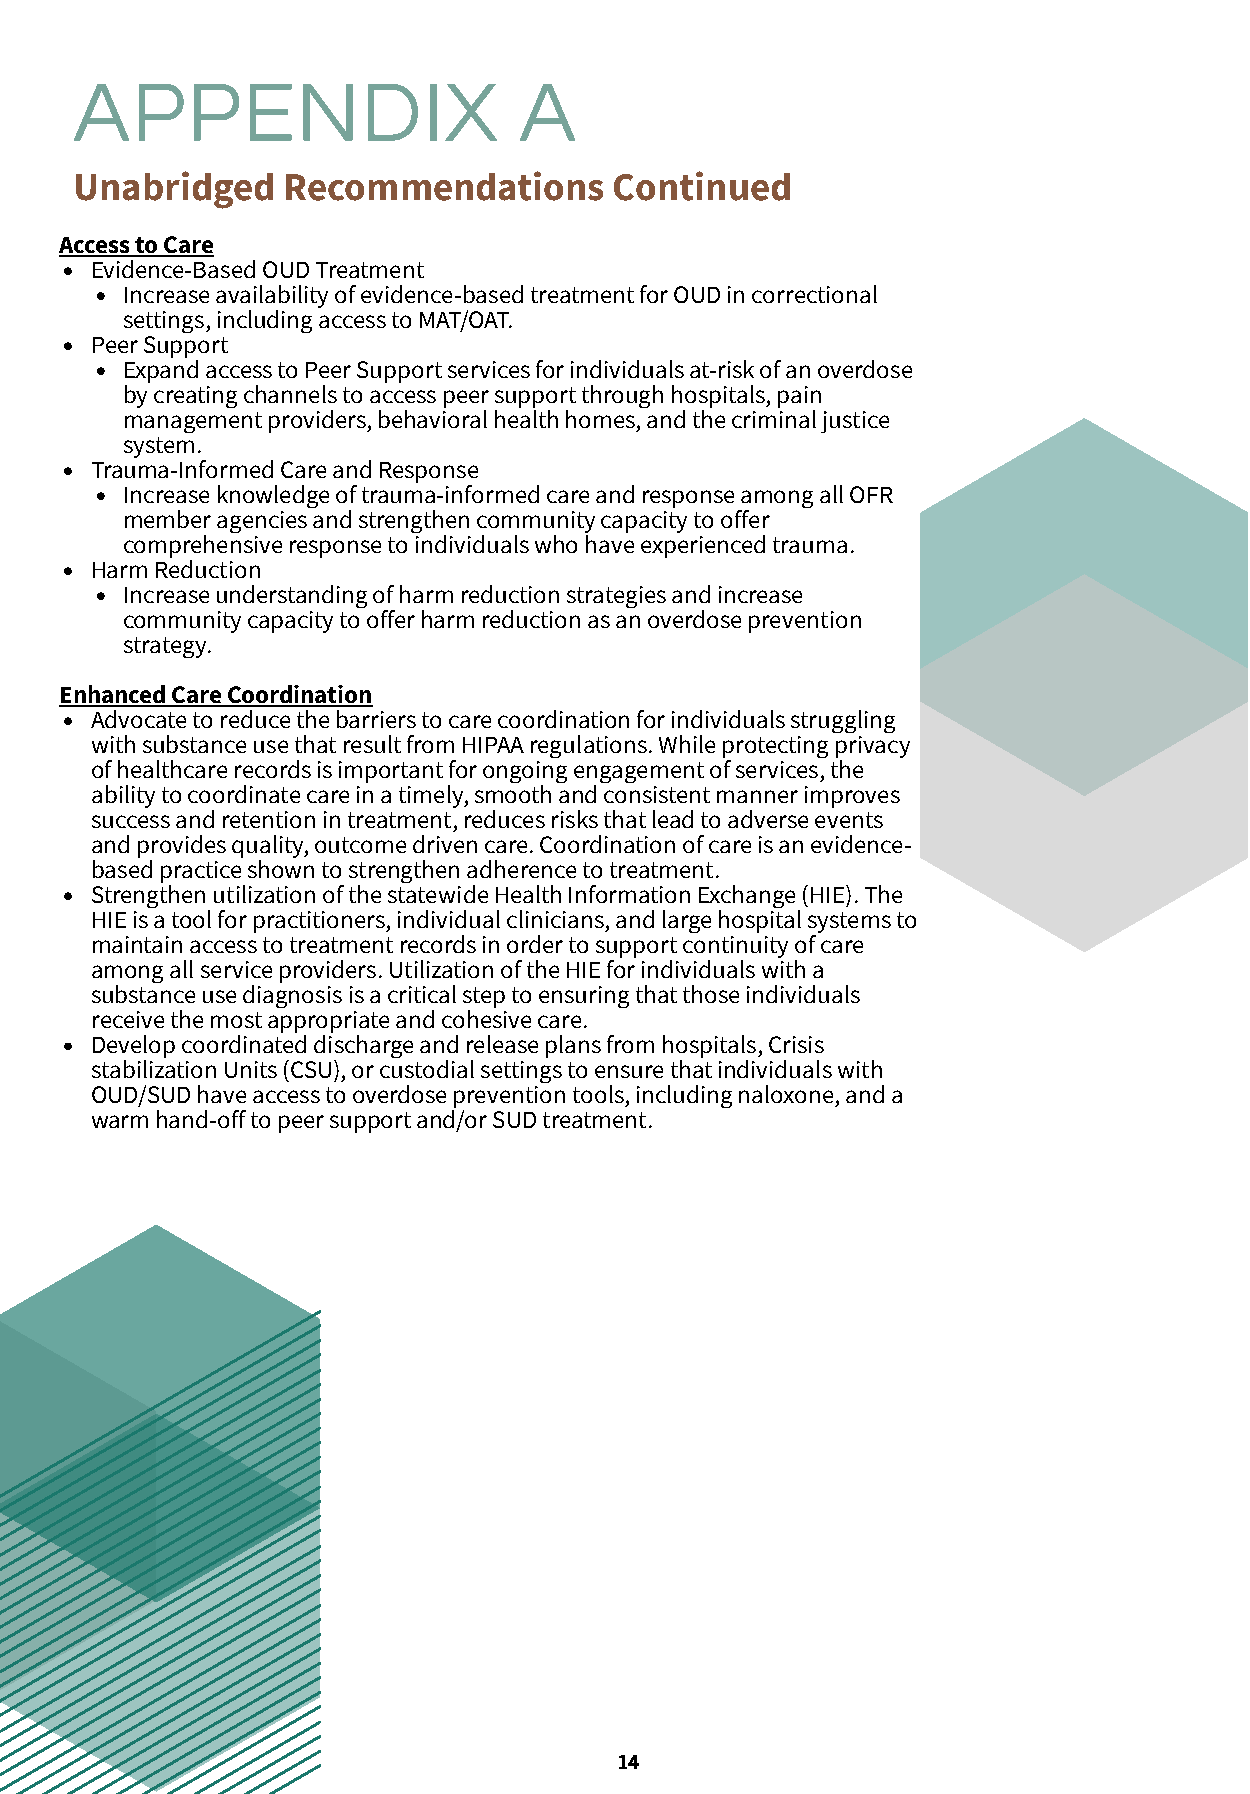
APPENDIX                     A
 Unabridged    Recommendations       Continued
 Access to Care
 Evidence-Based OUD Treatment
 Increase availability of evidence-based treatment for OUD in correctional
 settings, including access to MAT/OAT.
 Peer Support
 Expand access to Peer Support services for individuals at-risk of an overdose
 by creating channels to access peer support through hospitals, pain
 management providers, behavioral health h2om5es, and the criminal ju5stic0e
 system.
 Trauma-Informed Care and Response
 Increase knowledge of trauma-informed cHairgeh alnigdh rte asponse among all OFR
 member agencies and strengthen commucnoitmy cpaapnacyity to offer
 comprehensive response to individuals who have experienced trauma.
 figure here
 Harm Reduction
 Increase understanding of harm reduction strategies and increase
 community capacity to offer harm reduction as an overdose prevention
 strateg2y. 5
 Enhanced Care Coordination
 global                                             global
 Advocate to reduce the barriers to care coordination for individuals struggling
 with suobfsfticaensce a unsde that result from HIPAA regulations. While protecting privacy offices and
 of healthcare records is important for ongoing engagement of services, the
 growing
 growing
 ability to coordinate care in a timely, smooth and consistent manner improves
 success and retention in treatment, reduces risks that lead to adverse events
 and provides quality, outcome driven care. Coordination of care is an evidence-
 based practice show7 n t5 o st% rengthen adherence2 to 5treatment. 75%
 Strengthen utilization of the statewide Health Information Exchange (HIE). The
 HIE is a tool for practitioners, individual clinicians, and large hospital systems to
 Highlight       Highlight a       Highlight
 maintain access to treatment records in order to support continuity of care
 among all service par poveirdceerns.t Uagtielization of thec oHmIE pfoarn inydividuals witah paercentage
 substance use diagnfiogsuisr eis hae crreitical step to efnigsuurrien gh ethreat those indivifdiugaulrse here
 receive the most appropriate and cohesive care.
 Develop coordinated discharge and release plans from hospitals, Crisis
 stabilization Units (CSU), or custodial settings to ensure that individuals with
 OUD/SUD have access to overdose prevention tools, including naloxone, and a
 warm hand-off to peer support and/or SUD treatment.
 Title                          Input 1       Input 1      Input 1
 14